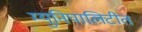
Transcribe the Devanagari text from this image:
म्युनिपालिटीत